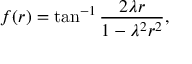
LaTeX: f ( r ) = \tan ^ { - 1 } \frac { 2 \lambda r } { 1 - \lambda ^ { 2 } r ^ { 2 } } ,